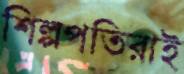
শিল্পপতিরাই